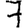
Digit: 7